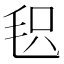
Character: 𣭓